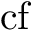
\mathrm { c f }